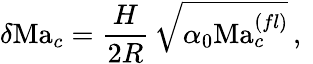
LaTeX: \delta\mathrm{Ma}_{c}=\frac{H}{2R}\, \sqrt{\alpha_{0}\mathrm{Ma}_{c}^{(fl)}}\, ,\